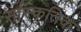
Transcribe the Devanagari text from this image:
सांस्कतिक